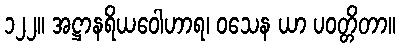
၁၂၂။ အဋ္ဌာနရိယဝေါဟာရ၊ ဝသေန ယာ ပဝတ္တိတာ။